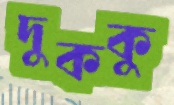
দুককু